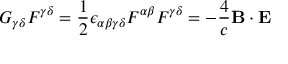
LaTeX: G _ { \gamma \delta } F ^ { \gamma \delta } = { \frac { 1 } { 2 } } \epsilon _ { \alpha \beta \gamma \delta } F ^ { \alpha \beta } F ^ { \gamma \delta } = - { \frac { 4 } { c } } \mathbf { B } \cdot \mathbf { E }